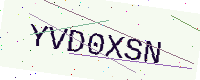
Text: YVD0XSN